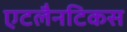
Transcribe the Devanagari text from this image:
एटलैनटिकस